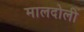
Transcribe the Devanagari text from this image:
मालदोली